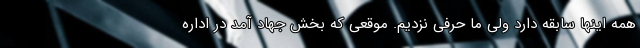
همه اینها سابقه دارد ولی ما حرفی نزدیم. موقعی که بخش جهاد آمد در اداره